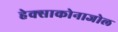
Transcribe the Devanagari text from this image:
हेक्‍साकोनाजोल